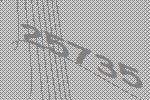
25735